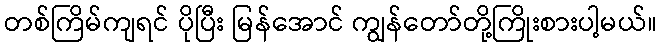
တစ်ကြိမ်ကျရင် ပိုပြီး မြန်အောင် ကျွန်တော်တို့ကြိုးစားပါ့မယ်။